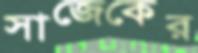
সাজেকের